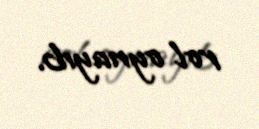
rol oynayıb.